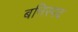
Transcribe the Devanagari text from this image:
बनिस्पद